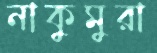
নাকুমুরা